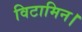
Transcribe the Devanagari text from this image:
विटामिन।